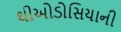
થીઓડોસિયાની